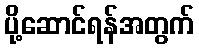
ပို့ဆောင်ရန်အတွက်